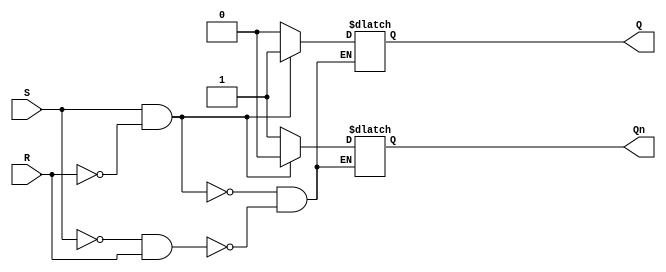
module sr_flipflop(
    input S, //set input
    input R, //reset input
    output reg Q, //Q output
    output reg Qn //complement of Q output
);

always @(S, R)
begin
    if (S && !R)
    begin
        Q <= 1; //set Q to 1
        Qn <= 0; //set Q' to 0
    end
    else if (!S && R)
    begin
        Q <= 0; //reset Q to 0
        Qn <= 1; //set Q' to 1
    end
    //else (when both inputs are 0), maintain previous state
end

endmodule